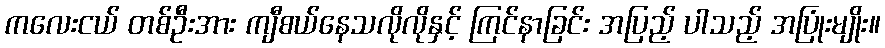
ကလေးငယ် တစ်ဦးအား ကျီစယ်နေသလိုလိုနှင့် ကြင်နာခြင်း အပြည့် ပါသည့် အပြုံးမျိုး။